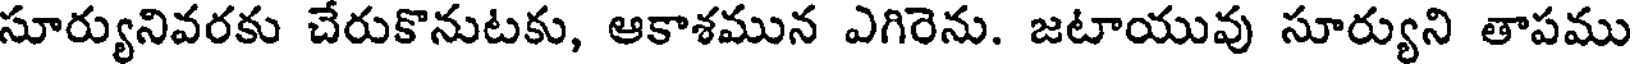
సూర్యునివరకు చేరుకొనుటకు, ఆకాశమున ఎగిరెను. జటాయువు సూర్యుని తాపము